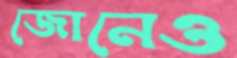
জোনেও